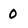
Character: 0